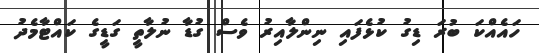
ހައެއްކަ ބުރަ ޑިގު ކުޅެފައި ނިންލާއިރު ވެސް ގުޑާ ނުލާތީ ގަޑީގެ ކައްޓާމެދު